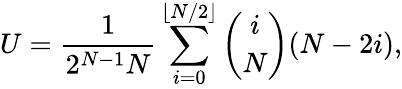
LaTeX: U=\frac{1}{2^{N-1}N}\sum_{i=0}^{\lfloor N/2\rfloor}\binom{i}{N}(N-2i),